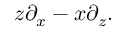
z \partial _ { x } - x \partial _ { z } . \,